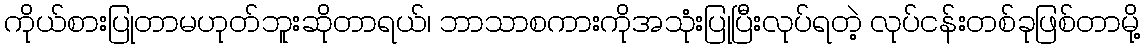
ကိုယ်စားပြုတာမဟုတ်ဘူးဆိုတာရယ်၊ ဘာသာစကားကိုအသုံးပြုပြီးလုပ်ရတဲ့ လုပ်ငန်းတစ်ခုဖြစ်တာမို့